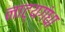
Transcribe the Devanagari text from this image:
नाट्यगंधा